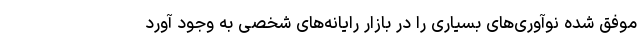
موفق شده نوآوری‌های بسیاری را در بازار رایانه‌های شخصی به وجود آورد